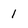
Character: I